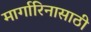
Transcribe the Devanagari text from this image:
मार्गारिनासाठी